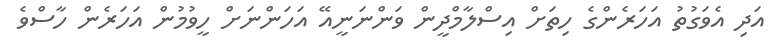
އަދި އެވަގުތު އަހަރެންގެ ހިތަށް އިސްލާމްދީން ވަންނަނީއޭ އަހަންނަށް ހީވުމުން އަހަރެން ހާސްވެ